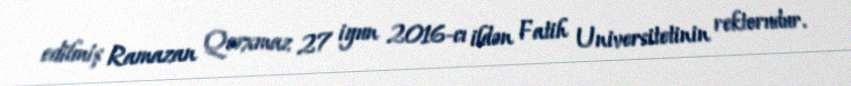
edilmiş Ramazan Qorxmaz 27 iyun 2016-cı ildən Fatih Universitetinin rektorudur.